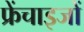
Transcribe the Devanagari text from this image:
फ्रेंचाइजों